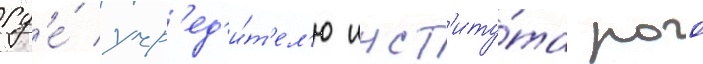
гд'е́ учр'ед'и́т'ел'ю инст'иту́та роо